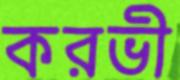
করভী